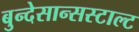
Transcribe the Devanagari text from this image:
बुन्देसान्सस्टाल्ट